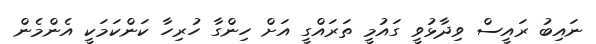
ނައިބު ރައީސް ވިދާޅުވީ ގައުމީ ތަަރައްގީ އަށް ހިންގާ ހުރިހާ ކަންކަމަކީ އެންމެން